Civil Veterinary Department Bengal reports 1933-51 - 1933-1951
Year: 1933
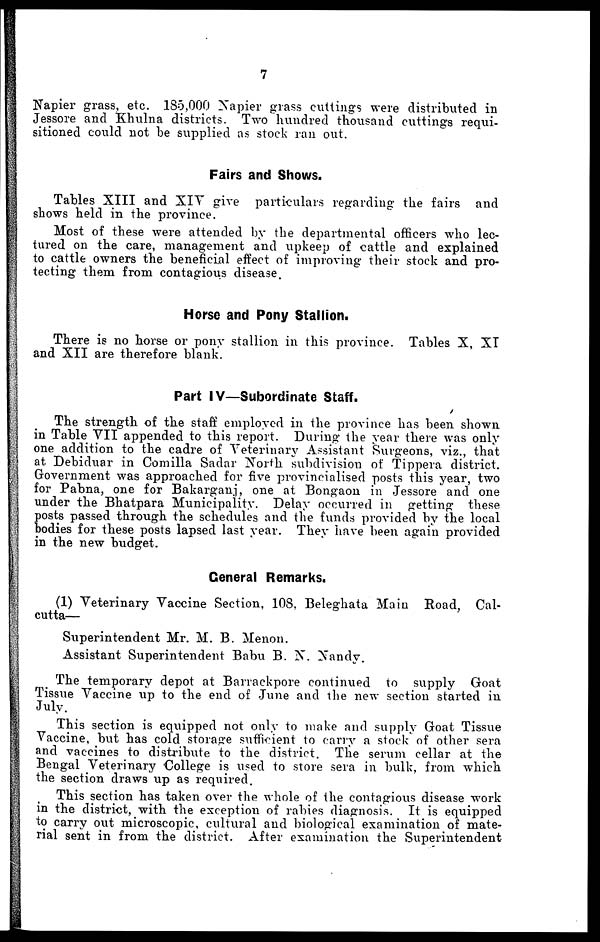
7
Napier grass, etc. 185,000 Napier grass cuttings were distributed in
Jessore and Khulna districts. Two hundred thousand cuttings requi-
sitioned could not be supplied as stock ran out.
Fairs and Shows.
Tables XIII and XIV give particulars regarding the fairs and
shows held in the province.
Most of these were attended by the departmental officers who lec-
tured on the care, management and upkeep of cattle and explained
to cattle owners the beneficial effect of improving their stock and pro-
tecting them from contagious disease.
Horse and Pony Stallion.
There is no horse or pony stallion in this province. Tables X, XT
and XII are therefore blank.
Part IV—Subordinate Staff.
The strength of the staff employed in the province has been shown
in Table VII appended to this report. During the year there was only
one addition to the cadre of Veterinary Assistant Surgeons, viz., that
at Debiduar in Comilla Sadar North subdivision of Tippera district.
Government was approached for five provincialised posts this year, two
for Pabna, one for Bakarganj, one at Bongaon in Jessore and one
under the Bhatpara Municipality. Delay occurred in getting these
posts passed through the schedules and the funds provided by the local
bodies for these posts lapsed last year. They have been again provided
in the new budget.
General Remarks.
(1) Veterinary Vaccine Section, 108, Beleghata Main Road, Cal-
cutta—
Superintendent Mr. M. B. Menon.
Assistant Superintendent Babu B. N. Nandy.
The temporary depot at Barrackpore continued to supply Goat
Tissue Vaccine up to the end of June and the new section started in
July.
This section is equipped not only to make and supply Goat Tissue
Vaccine, but has cold storage sufficient to carry a stock of other sera
and vaccines to distribute to the district. The serum cellar at the
Bengal Veterinary College is used to store sera in bulk, from which
the section draws up as required.
This section has taken over the whole of the contagious disease work
in the district, with the exception of rabies diagnosis. It is equipped
to carry out microscopic, cultural and biological examination of mate-
rial sent in from the district. After examination the Superintendent